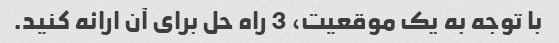
با توجه به یک موقعیت، 3 راه حل برای آن ارائه کنید.